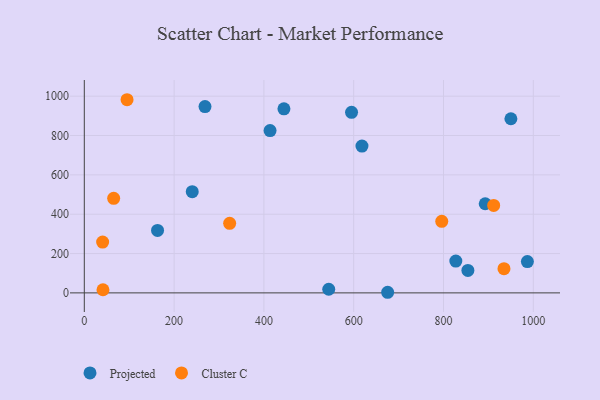
{"axis": {"x": "Investment", "y": "Exam Score"}, "legend": ["Cluster C", "Projected"], "data": [{"x": "240.4", "y": 514.6, "type": "Projected"}, {"x": "163.1", "y": 317.5, "type": "Projected"}, {"x": "892.9", "y": 453.3, "type": "Projected"}, {"x": "444.6", "y": 935.9, "type": "Projected"}, {"x": "675.6", "y": 3.1, "type": "Projected"}, {"x": "618.4", "y": 746.5, "type": "Projected"}, {"x": "595.2", "y": 918.0, "type": "Projected"}, {"x": "544.4", "y": 18.5, "type": "Projected"}, {"x": "950.1", "y": 885.3, "type": "Projected"}, {"x": "413.7", "y": 825.2, "type": "Projected"}, {"x": "986.8", "y": 159.2, "type": "Projected"}, {"x": "827.4", "y": 161.7, "type": "Projected"}, {"x": "268.8", "y": 947.1, "type": "Projected"}, {"x": "854.3", "y": 114.1, "type": "Projected"}, {"x": "40.8", "y": 258.3, "type": "Cluster C"}, {"x": "65.4", "y": 480.6, "type": "Cluster C"}, {"x": "95.2", "y": 982.1, "type": "Cluster C"}, {"x": "796.1", "y": 363.9, "type": "Cluster C"}, {"x": "323.7", "y": 353.9, "type": "Cluster C"}, {"x": "41.6", "y": 15.9, "type": "Cluster C"}, {"x": "934.7", "y": 123.3, "type": "Cluster C"}, {"x": "911.7", "y": 444.6, "type": "Cluster C"}]}